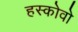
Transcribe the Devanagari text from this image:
हस्कोवो